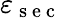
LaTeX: \varepsilon_{\mathrm{~s~e~c~}}